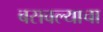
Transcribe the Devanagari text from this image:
बसवल्याचा